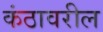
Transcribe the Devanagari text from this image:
कंठावरील